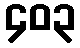
၄၀၃